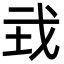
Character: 㦱